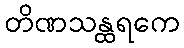
တိဏသန္ထရကေ